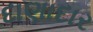
દાણાદાર